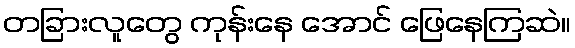
တခြားလူတွေ ကုန်းနေ အောင် ဖြေနေကြဆဲ။